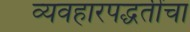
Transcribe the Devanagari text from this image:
व्यवहारपद्धतींचा